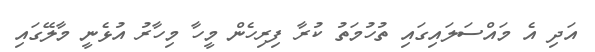
އަދި އެ މައްސަލައިގައި ތުހުމަތު ކުރާ ފިރިހެން މީހާ މިހާރު އުޅެނީ މާލޭގައި